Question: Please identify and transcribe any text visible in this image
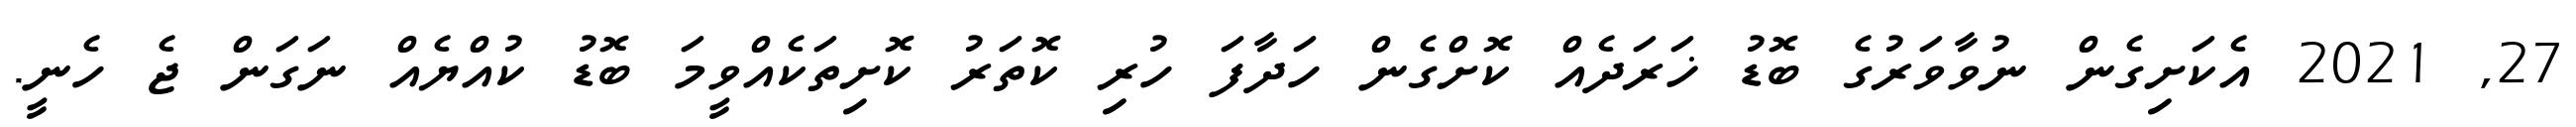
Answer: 27, 2021 އެކަށިގެން ނުވާވަރުގެ ބޮޑު ޚަރަދެއް ކޮށްގެން ހަދާފަ ހުރި ކޮތަރު ކޮށިތަކެއްވީމަ ބޮޑު ކުއްޔެއް ނަގަން ޖެ ހެނީ.